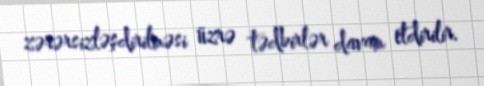
zərərsizləşdirilməsi üzrə tədbirlər davam etdirilir.